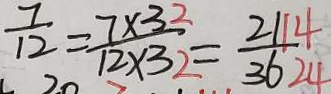
\frac { 7 } { 1 2 } = \frac { 7 \times 3 2 } { 1 2 \times 3 : 2 } = \frac { 2 1 1 4 } { 3 6 2 4 }